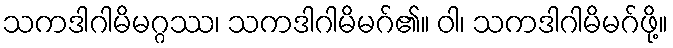
သကဒါဂါမိမဂ္ဂဿ၊ သကဒါဂါမိမဂ်၏။ ဝါ၊ သကဒါဂါမိမဂ်ဖို့။